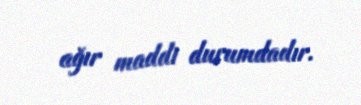
ağır maddi durumdadır.